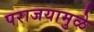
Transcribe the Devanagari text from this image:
पराजयामुळे